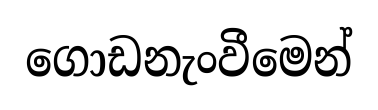
ගොඩනැංවීමෙන්